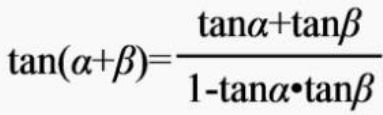
\(\tan(\alpha +\beta)=\frac{\tan\alpha+\tan\beta}{1 - \tan\alpha\cdot\tan\beta}\)